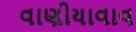
વાણીયાવાવ